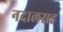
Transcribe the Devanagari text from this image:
नदालसह